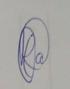
Signature authenticity: genuine